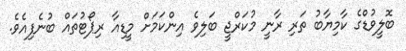
ބޮލީވުޑްގެ ކާމިޔާބު ތަރި ރާނީ މުކަރްޖީ ބަލިވެ އިންކަމަށް މީޑިއާ ރިޕޯޓުތައް ބުނެފިއެވެ.